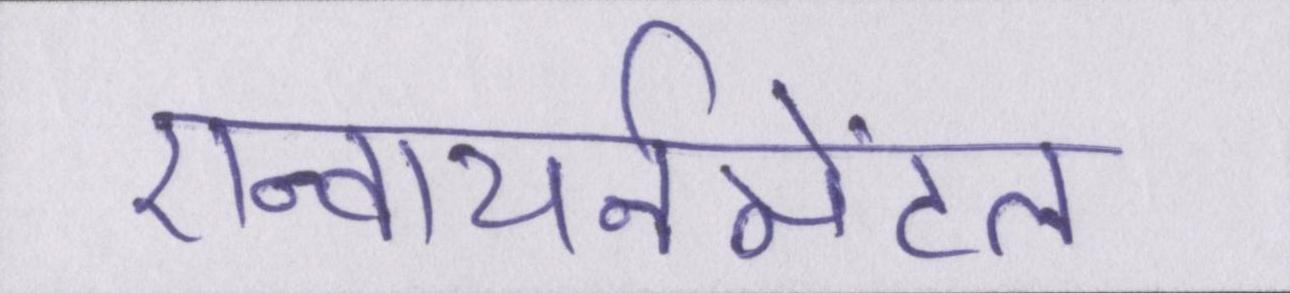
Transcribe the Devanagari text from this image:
एन्वायर्नमेंटल